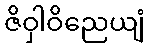
ဇိဝှါဝိညေယျံ